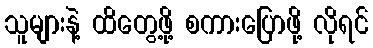
သူများနဲ့ ထိတွေ့ဖို့ စကားပြောဖို့ လိုရင်